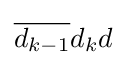
{\overline {d_{k-1}}}d_{k}d